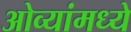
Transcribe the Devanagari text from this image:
ओव्यांमध्ये